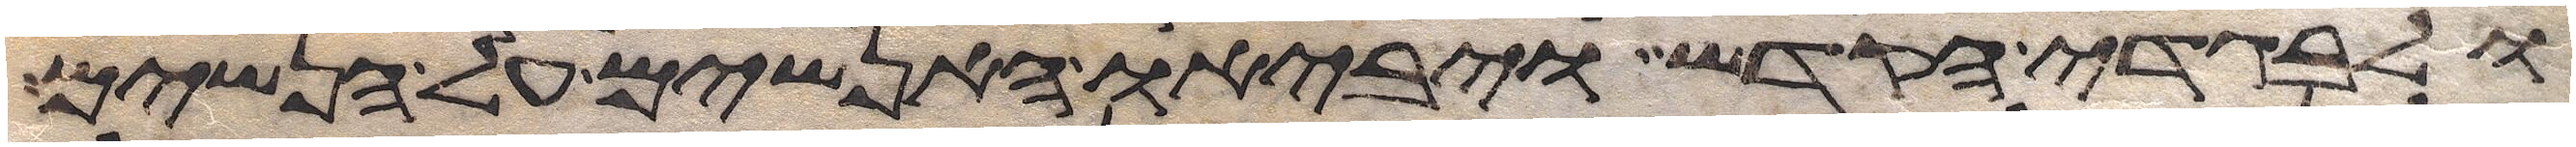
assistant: ולבגדי הקדש ויביאו האנשים על הנשים